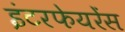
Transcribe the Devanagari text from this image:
इंटरफेयरेंस